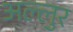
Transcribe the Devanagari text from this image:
अल्लुर